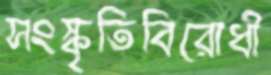
সংস্কৃতিবিরোধী